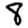
Digit: 8